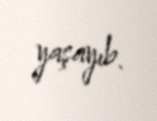
yaşayıb.